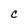
Character: C